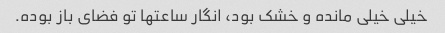
خیلی خیلی مانده و خشک بود، انگار ساعتها تو فضای باز بوده.